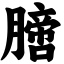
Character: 膪